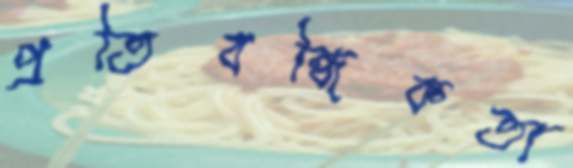
প্রতিবন্ধিকতা